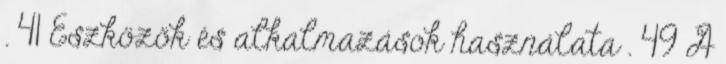
. 41 Eszközök és alkalmazások használata . 49 A